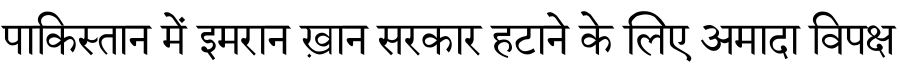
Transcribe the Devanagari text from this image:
पाकिस्तान में इमरान ख़ान सरकार हटाने के लिए अमादा विपक्ष